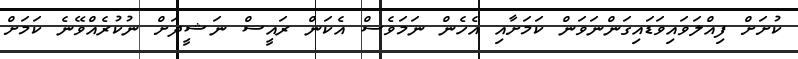
ކުށަށް ފިއްލަވައިވަޑައިގަންނަވަން ކަމަށާއި އެހެން ނަމަވެސް އެކަން ރައީސް ނަޝީދަށް ނުކުރެއްވޭނެ ކަމަށް